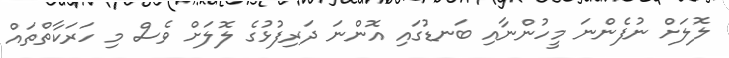
ލޮލަށް ނުފެންނަ މީހުންނާއި ބަނޑުގައި އޮންނަ ދަރިފުޅުގެ ލޮލަށް ވެސް މި ހަރަކާތްތައް